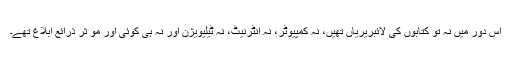
اس دور میں نہ تو کتابوں کی لائبریریاں تھیں، نہ کمپیوٹر، نہ انٹرنیٹ، نہ ٹیلیویژن اور نہ ہی کوئی اور مو ٔثر ذرائع ابلاغ تھے۔